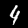
Digit: 4